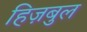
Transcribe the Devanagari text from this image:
हिज़बुल